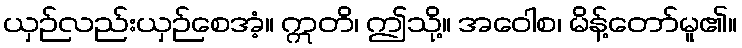
ယှဉ်လည်းယှဉ်စေအံ့။ ဣတိ၊ ဤသို့။ အဝေါစ၊ မိန့်တော်မူ၏။